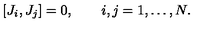
[ J _ { i } , J _ { j } ] = 0 , \qquad i , j = 1 , \dots , N .